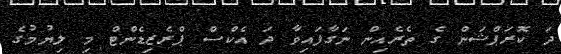
ދަ ކޮރަޕްޝަން ގެ ތެރެއިން ނަގާފައިވާ ދަ އެކްސް ޕްރެޒިޑެންޓް މި ލިޔުމުގެ